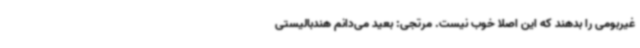
غیربومی را بدهند که این اصلا خوب نیست. مرتجی: بعید می‌دانم هندبالیستی